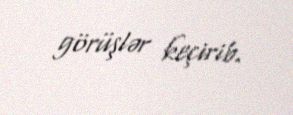
görüşlər keçirib.